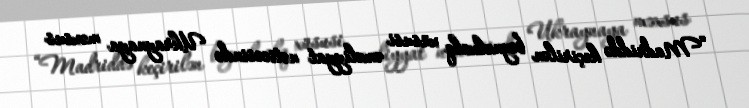
“Madriddə keçirilən beynəlxalq xüsusi əməliyyat nəticəsində Ukraynaya məxsus